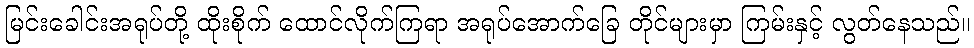
မြင်းခေါင်းအရုပ်တို့ ထိုးစိုက် ထောင်လိုက်ကြရာ အရုပ်အောက်ခြေ တိုင်များမှာ ကြမ်းနှင့် လွတ်နေသည်။